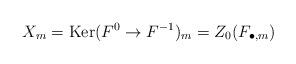
LaTeX: \begin{align*}X_m = {\rm Ker}(F^0 \to F^{-1})_m = Z_0(F_{\bullet,m})\end{align*}